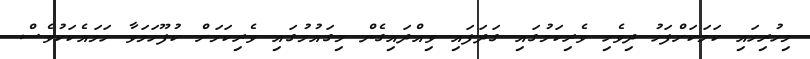
މިހުރިހައި ކަމަކަށްފަހު ދިވެހި ވެރިކަމުގައި ގަދަފައި ވިއްދައިގެން މިގައުމުގައި ވެރިކަމަށް ކުފޫހަމަވާ ހަމައެކަކުވެސް